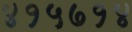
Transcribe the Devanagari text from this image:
४१५७१४